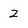
Character: 2